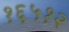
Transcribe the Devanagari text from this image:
१६५१२